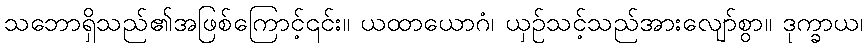
သဘောရှိသည်၏အဖြစ်ကြောင့်၎င်း။ ယထာယောဂံ၊ ယှဉ်သင့်သည်အားလျော်စွာ။ ဒုက္ခာယ၊